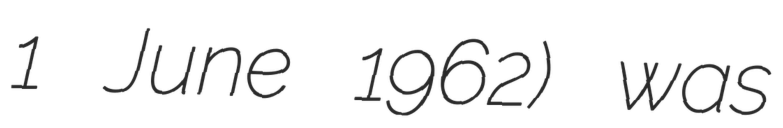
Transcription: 1 June 1962) was